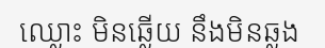
ឈ្លោះ មិនឆ្លើយ នឹងមិនឆ្លង